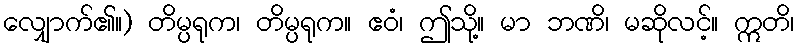
လျှောက်၏။) တိမ္ပရုက၊ တိမ္ပရုက။ ဧဝံ၊ ဤသို့။ မာ ဘဏိ၊ မဆိုလင့်။ ဣတိ၊